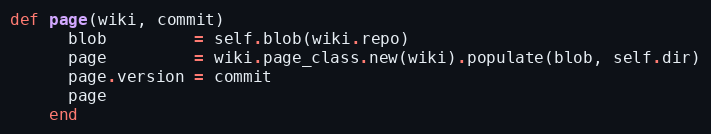
Language: Ruby
def page(wiki, commit)
      blob         = self.blob(wiki.repo)
      page         = wiki.page_class.new(wiki).populate(blob, self.dir)
      page.version = commit
      page
    end